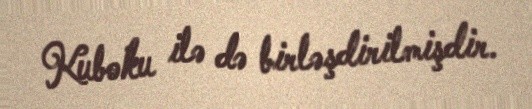
Kuboku ilə də birləşdirilmişdir.